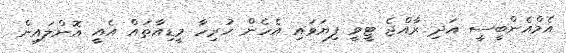
އެމްއެންބީސީ އަދި ރާއްޖެ ޓީވީ ފިޔަވައި އެހެން ހުރިހާ މީޑިއާތައް އެއީ އޮންލައިން